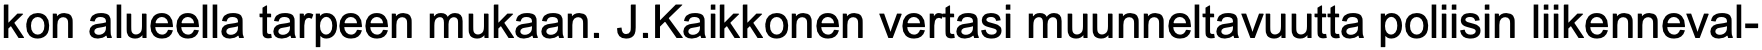
kon alueella tarpeen mukaan. J.Kaikkonen vertasi muunneltavuutta poliisin liikenneval-